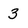
Character: 3